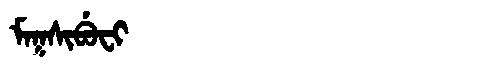
Manchu: ᠮᠠᡴᠰᡳᠪᡠᠸᡳ
Romanization: MAKSIBUFI